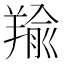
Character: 羭